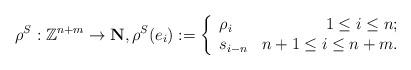
LaTeX: \begin{align*}\rho^{S}: \mathbb{Z}^{n+m}\rightarrow \textbf{N}, \rho^{S}(e_{i}) := \left\{ \begin{array}{lr} \rho_{i} & 1\leq i \leq n;\\ s_{i-n} & n+1\leq i \leq n+m. \end{array} \right.\end{align*}